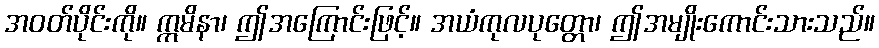
အဝတ်ပိုင်းကို။ ဣမိနာ၊ ဤအကြောင်းဖြင့်။ အယံကုလပုတ္တော၊ ဤအမျိုးကောင်းသားသည်။